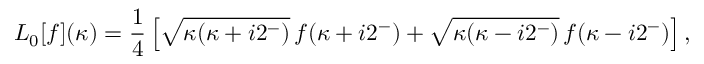
L _ { 0 } [ f ] ( \kappa ) = \frac { 1 } { 4 } \left[ \sqrt { \kappa ( \kappa + i 2 ^ { - } ) } \, f ( \kappa + i 2 ^ { - } ) + \sqrt { \kappa ( \kappa - i 2 ^ { - } ) } \, f ( \kappa - i 2 ^ { - } ) \right] ,